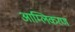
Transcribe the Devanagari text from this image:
आम्लिकरण